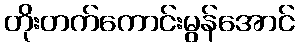
တိုးတက်ကောင်းမွန်အောင်